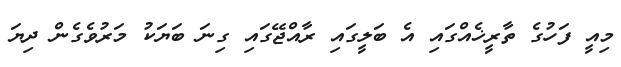
މިއީ ފަހުގެ ތާރީޚެއްގައި އެ ބަލީގައި ރާއްޖޭގައި ގިނަ ބަޔަކު މަރުވެގެން ދިޔަ